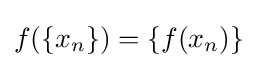
f(\{x_{n}\})=\{f(x_{n})\}